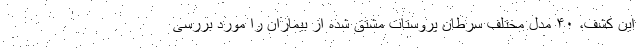
این کشف، ۴۰ مدل مختلف سرطان پروستات مشتق شده از بیماران را مورد بررسی